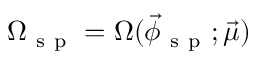
\Omega _ { \mathrm { ~ s ~ p ~ } } = \Omega ( \vec { \phi } _ { \mathrm { ~ s ~ p ~ } } ; \vec { \mu } )